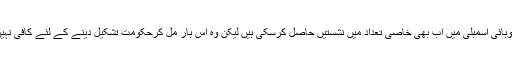
وہ صوبائی اسمبلی ميں اب بھی خاصی تعداد ميں نشستيں حاصل کرسکی ہيں ليکن وہ اس بار مل کرحکومت تشکيل دينے کے لئے کافی نہيں ہيں۔